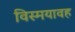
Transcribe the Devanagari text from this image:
विस्मयावह